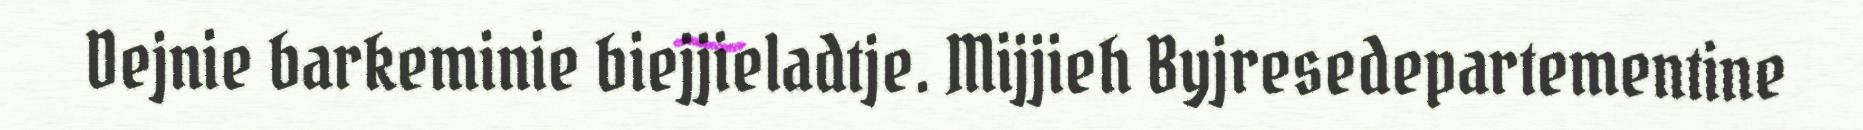
Dejnie barkeminie biejjieladtje. Mijjieh Byjresedepartementine